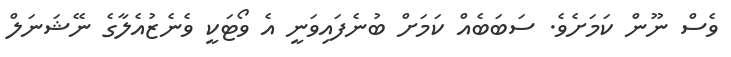
ވެސް ނޫން ކަމަށެވެ. ސަބަބެއް ކަމަށް ބުނެފައިވަނީ އެ ވޯޓަކީ ވެނެޒުއެލާގެ ނޭޝަނަލް